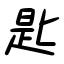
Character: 匙